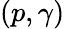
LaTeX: (p,\gamma)